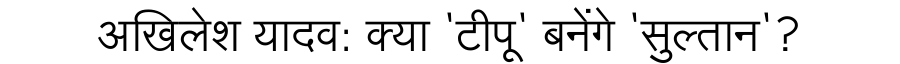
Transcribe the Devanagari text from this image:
अखिलेश यादव: क्या 'टीपू' बनेंगे 'सुल्तान'?